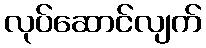
လုပ်ဆောင်လျက်